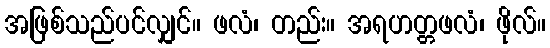
အဖြစ်သည်ပင်လျှင်။ ဖလံ၊ တည်း။ အရဟတ္တဖလံ၊ ဖိုလ်။